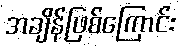
အချိန်ဖြစ်ကြောင်း